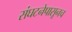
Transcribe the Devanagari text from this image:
संघटनेपासूनच